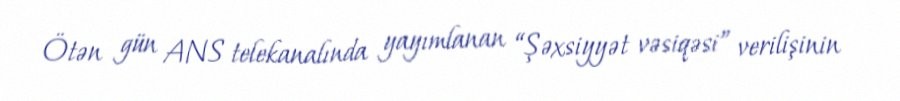
Ötən gün ANS telekanalında yayımlanan “Şəxsiyyət vəsiqəsi” verilişinin